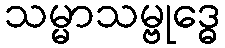
သမ္မာသမ္ဗုဒ္ဓေ